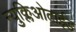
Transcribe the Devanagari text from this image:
न्युक्लिओटाईड